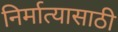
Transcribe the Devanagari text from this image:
निर्मात्यासाठी